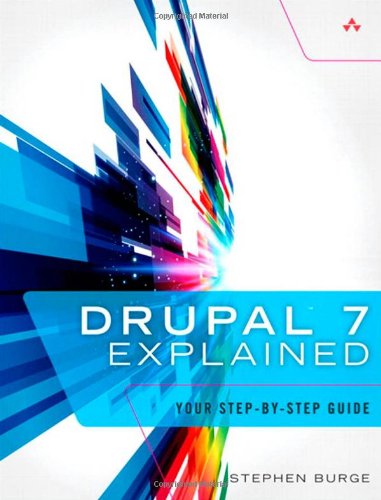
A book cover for Drupal 7 Explained: Your Step-by-Step Guide; Stephen Burge; Computers & Technology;